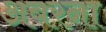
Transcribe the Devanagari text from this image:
अबरना